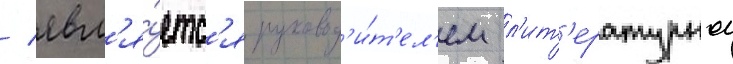
/ явл'я́етс'я руковод'и́т'ел'ем л'ит'ературнои